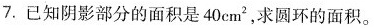
7. 已知阴影部分的面积是40cm^{ 2}，求圆环的面积。